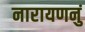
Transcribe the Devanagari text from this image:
नारायणनुं